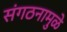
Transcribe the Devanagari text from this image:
संगठनामुळे